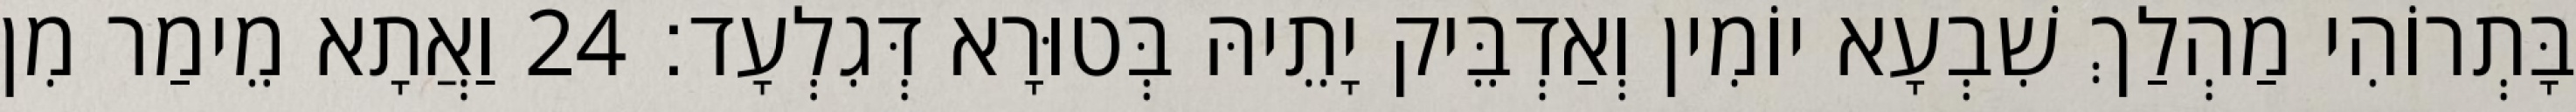
בָּתְרוֹהִי מַהְלַךְ שִׁבְעָא יוֹמִין וְאַדְבֵּיק יָתֵיהּ בְּטוּרָא דְּגִלְעָד׃ 24 וַאֲתָא מֵימַר מִן